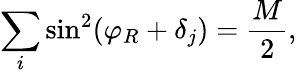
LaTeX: \sum_{i}\sin^{2}(\varphi_{R}+\delta_{j})=\frac{M}{2},